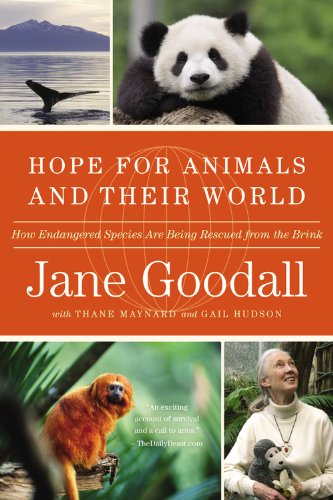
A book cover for Hope for Animals and Their World: How Endangered Species Are Being Rescued from the Brink; Jane Goodall; Science & Math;